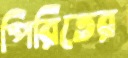
পিরিতের